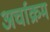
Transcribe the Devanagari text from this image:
अर्चाक्रम